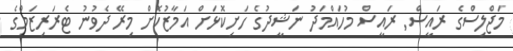
މަޖްލިސްގެ ރައީސް